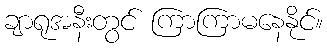
ချာရုအနီးတွင် ကြာကြာမနေနိုင်။